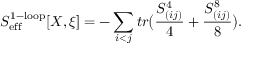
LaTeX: S _ { \mathrm { e f f } } ^ { \mathrm { 1 - l o o p } } [ X , \xi ] = - \sum _ { i < j } t r \bigl ( \frac { S _ { ( i j ) } ^ { 4 } } { 4 } + \frac { S _ { ( i j ) } ^ { 8 } } { 8 } \bigr ) .